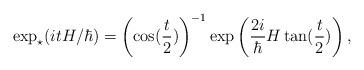
LaTeX: \begin{align*}\exp_\star(itH/\hbar)= \left ( \cos(\frac{t}{2})\right ) ^{-1}\exp\left ( \frac{2i}{\hbar} H\tan(\frac{t}{2})\right ) ,\end{align*}